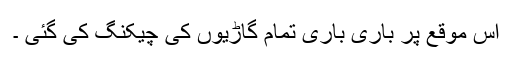
اس موقع پر باری باری تمام گاڑیوں کی چیکنگ کی گئی ۔